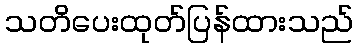
သတိပေးထုတ်ပြန်ထားသည်